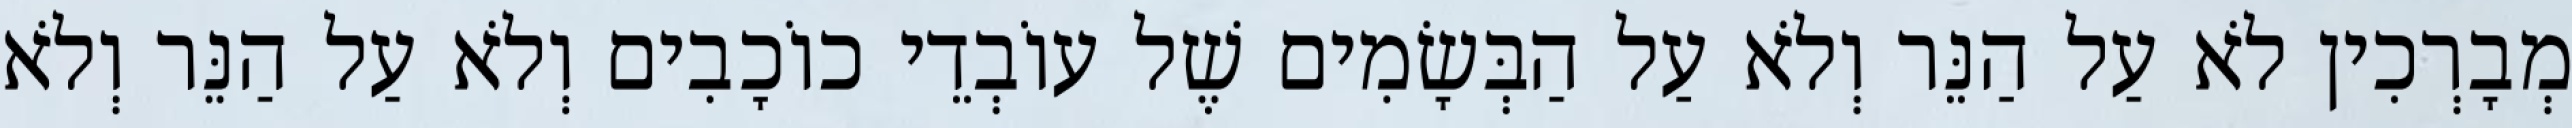
מְבָרְכִין לֹא עַל הַנֵּר וְלֹא עַל הַבְּשָׂמִים שֶׁל עוֹבְדֵי כוֹכָבִים וְלֹא עַל הַנֵּר וְלֹא